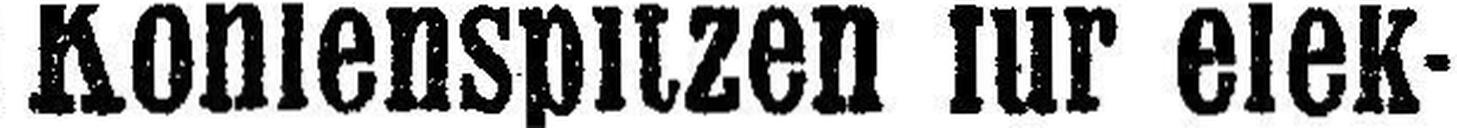
Kohlenspitzen für elek¬